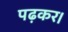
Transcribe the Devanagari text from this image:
पढ़कर।